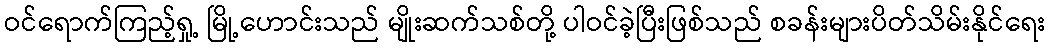
ဝင်ရောက်ကြည့်ရှု့ မြို့ဟောင်းသည် မျိုးဆက်သစ်တို့ ပါဝင်ခဲ့ပြီးဖြစ်သည် စခန်းများပိတ်သိမ်းနိုင်ရေး